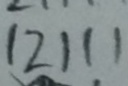
1 2 1 1 1